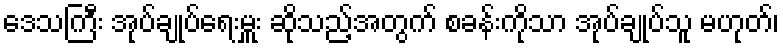
ဒေသကြီး အုပ်ချုပ်ရေးမှူး ဆိုသည့်အတွက် စခန်းကိုသာ အုပ်ချုပ်သူ မဟုတ်၊